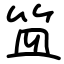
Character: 笽